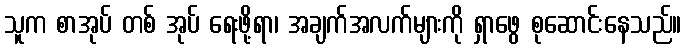
သူက စာအုပ် တစ် အုပ် ရေးဖို့ရာ၊ အချက်အလက်များကို ရှာဖွေ စုဆောင်းနေသည်။